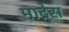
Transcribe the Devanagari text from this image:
माद्रेस